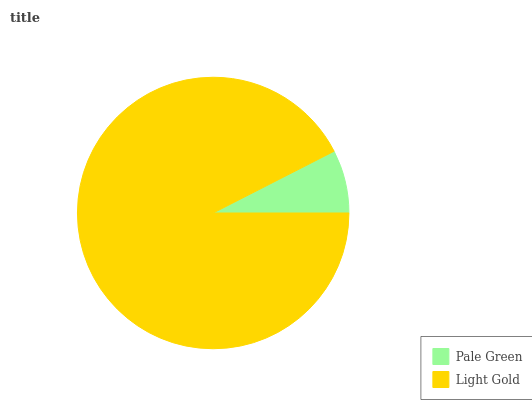
| Pale Green | Light Gold |
 | --- | --- |
 | 7.51% | 92.5% |